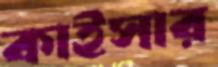
কাইসার